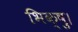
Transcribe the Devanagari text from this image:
भिक्षु।